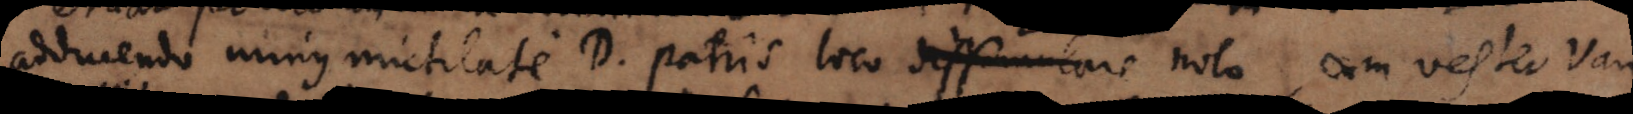
ndo minus mutilate D. Patris loco dissimulare reticere nolo. Cum vester van